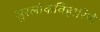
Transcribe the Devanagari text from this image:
सुरलोकविहारिणे